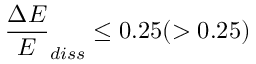
\frac { \Delta E } { E } _ { d i s s } \le 0 . 2 5 ( > 0 . 2 5 )